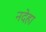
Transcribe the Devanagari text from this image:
नदेहा